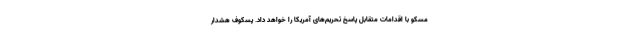
مسکو با اقدامات متقابل پاسخ تحریم‌های آمریکا را خواهد داد. پسکوف هشدار